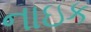
નાઇક